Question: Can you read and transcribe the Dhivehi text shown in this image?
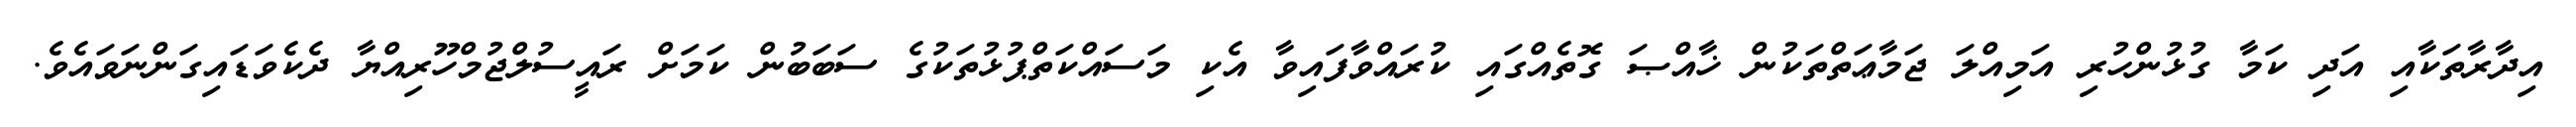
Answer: އިދާރާތަކާއި އަދި ކަމާ ގުޅުންހުރި އަމިއްލަ ޖަމާޢަތްތަކުން ޚާއްޞަ ގޮތެއްގައި ކުރައްވާފައިވާ އެކި މަސައްކަތްޕުޅުތަކުގެ ސަބަބުން ކަމަށް ރައީސުލްޖުމްހޫރިއްޔާ ދެކެވަޑައިގަންނަވައެވެ.